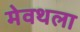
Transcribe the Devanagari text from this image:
मेवथला